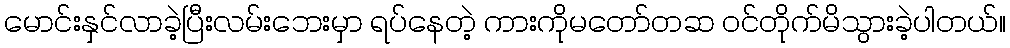
မောင်းနှင်လာခဲ့ပြီးလမ်းဘေးမှာ ရပ်နေတဲ့ ကားကိုမတော်တဆ ဝင်တိုက်မိသွားခဲ့ပါတယ်။